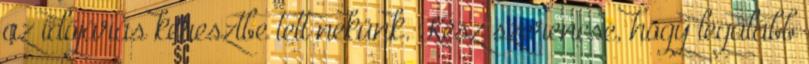
az időjárás keresztbe tett nekünk. Kész szerencse, hogy legalább